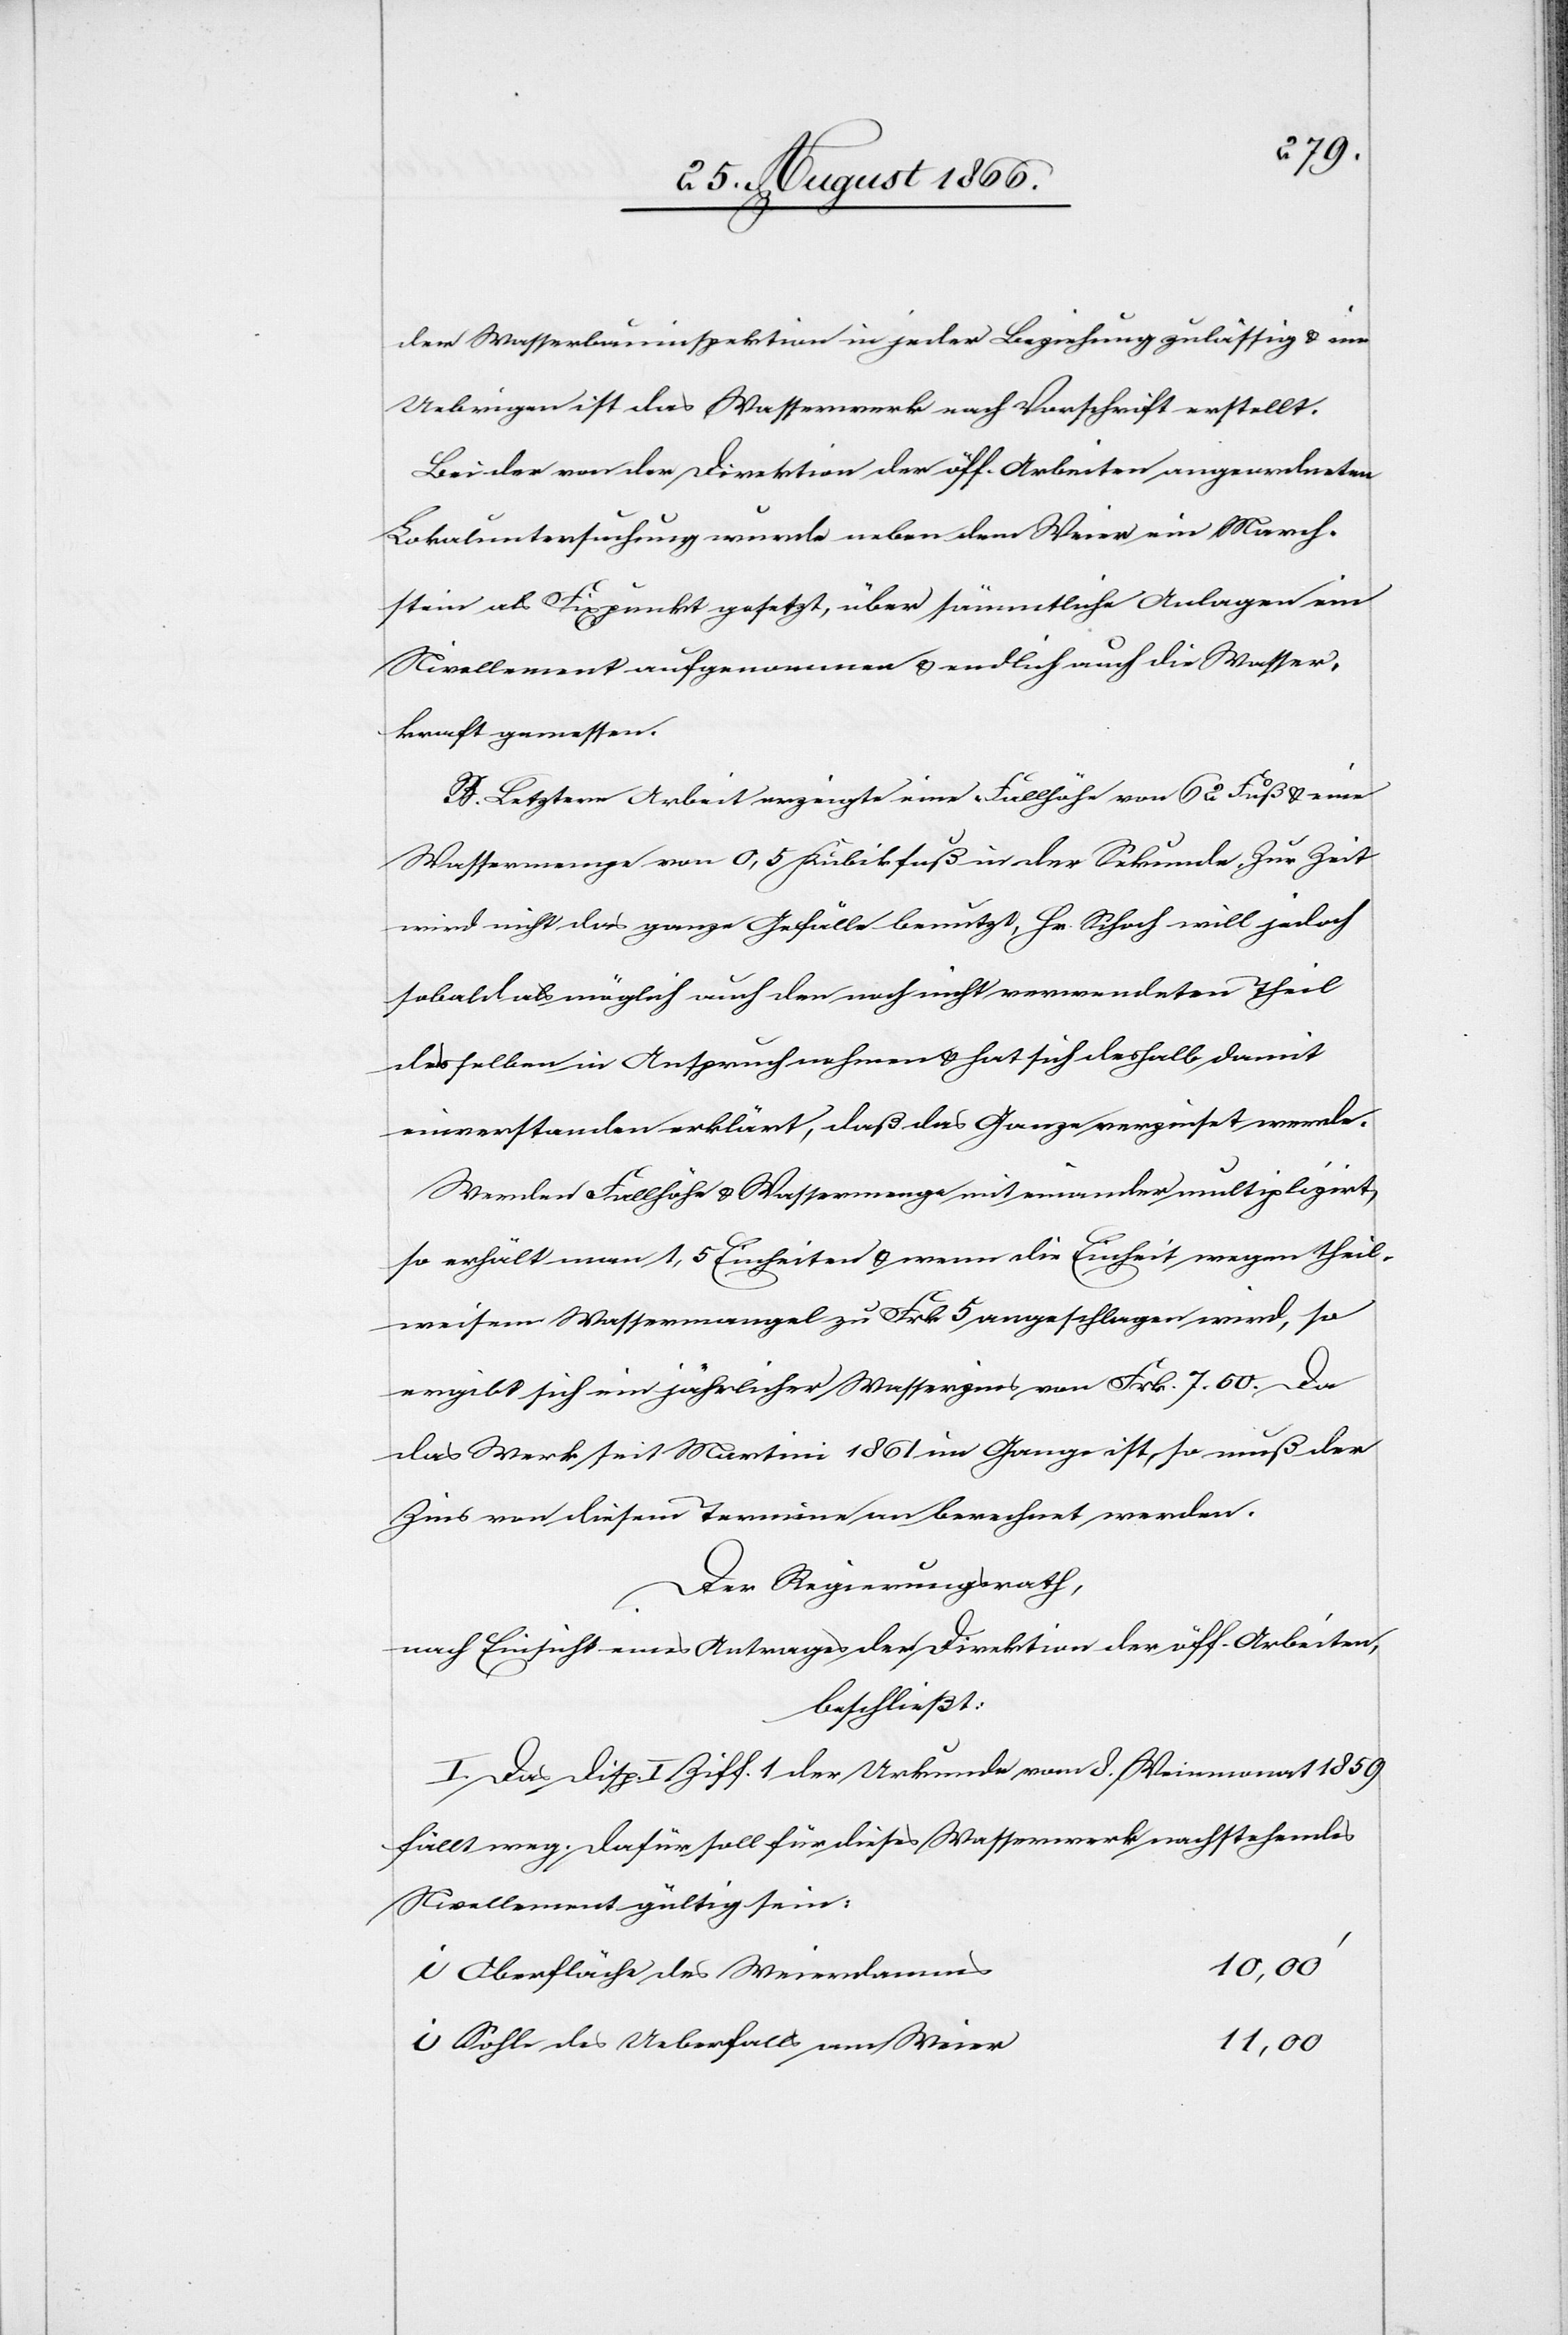
der Wasserbauinspektion in jeder Beziehung zulässig u. im
Uebrigen ist das Wasserwerk nach Vorschrift erstellt.
Bei der von der Direktion der öff. Arbeiten angeordneten
Lokaluntersuchung wurde neben dem Weier ein March¬
stein als Fixpunkt gesetzt, über sämmtliche Anlagen ein
Nivellement aufgenommen u. endlich auch die Wasser¬
kraft gemessen.
B. Letztere Arbeit erzeigte eine Fallhöhe von 62 Fuß u. eine
Wassermenge von 0,5 Kubikfuß in der Sekunde. Zur Zeit
wird nicht das ganze Gefälle benutzt, Hr. Schoch will jedoch
sobald als möglich auch den noch nicht verwendeten Theil
desselben in Anspruch nehmen u. hat sich deshalb damit
einverstanden erklärt, daß das Ganze verzinst werde.
Werden Fallhöhe u. Wassermenge mit einander multiplizirt,
so erhält man 1,5 Einheiten u. wenn die Einheit wegen theil¬
weisem Wassermangel zu Frk. 5 angeschlagen wird, so
ergibt sich ein jährlicher Wasserzins von Frk. 7.50. Da
das Werk seit Martini 1861 im Gange ist, so muß der
Zins von diesem Termin an berechnet werden.
Der Regierungsrath,
nach Einsicht eines Antrages der Direktion der öff. Arbeiten,
beschließt:
I. Das Disp. I Ziff. 1 der Urkunde vom 8. Weinmonat 1859
fällt weg. Dafür soll für dieses Wasserwerk nachstehendes
Nivellement gültig sein:
10,00‘
Oberfläche des Weierdammes
Sohle des Ueberfalls am Weier
11,00